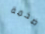
ضخمة